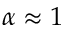
\alpha \approx 1